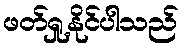
ဖတ်ရှု့နိုင်ပါသည်